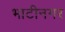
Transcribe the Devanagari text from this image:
भाटीनगर